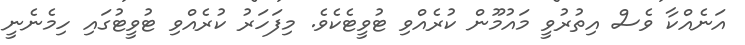
އަނެއްކާ ވެސް އިތުރުވީ މައުމޫން ކުރެއްވި ޓުވީޓެކެވެ. މިފަހަރު ކުރެއްވި ޓުވީޓުގައި ހިމެނެނީ